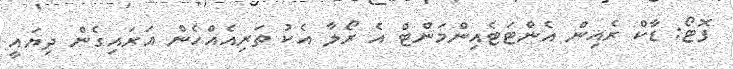
ފޮޓޯ: ޑާކް ރެއިން އެންޓަޓެއިންމަންޓް އެ ރޯލާ އެކު ތަރިއެއްހެން އަރައިގެން ދިޔައީ